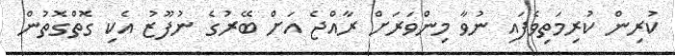
ކުރިން ކުރިމަތިވެފައި ނުވާ މިންވަރަށް ރާއްޖެ އަށް ބޭރުގެ ނުފޫޒު އެކި ގޮތްގޮތުން